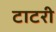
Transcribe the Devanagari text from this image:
टाटरी